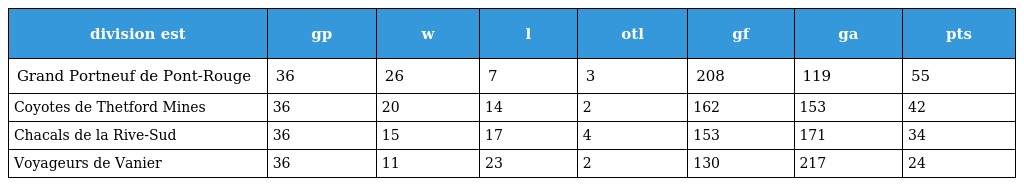
| division est | gp | w | l | otl | gf | ga | pts |
 | --- | --- | --- | --- | --- | --- | --- | --- |
 | Grand Portneuf de Pont-Rouge | 36 | 26 | 7 | 3 | 208 | 119 | 55 |
 | Coyotes de Thetford Mines | 36 | 20 | 14 | 2 | 162 | 153 | 42 |
 | Chacals de la Rive-Sud | 36 | 15 | 17 | 4 | 153 | 171 | 34 |
 | Voyageurs de Vanier | 36 | 11 | 23 | 2 | 130 | 217 | 24 |